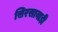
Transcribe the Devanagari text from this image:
सिरसावाड़ी